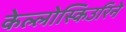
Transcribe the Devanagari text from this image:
केल्लोस्किउरिने